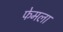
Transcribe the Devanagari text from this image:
फेमला